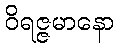
ဝိရဇ္ဇမာနော